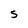
Character: S